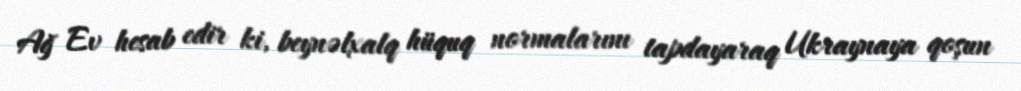
Ağ Ev hesab edir ki, beynəlxalq hüquq normalarını tapdayaraq Ukraynaya qoşun